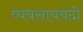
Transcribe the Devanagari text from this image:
व्यवसायबंदी